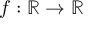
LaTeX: f : \mathbb { R } \rightarrow \mathbb { R }